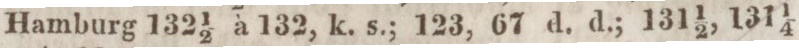
Hamburg 132 1/2 à 132, k. s.; 123, 67 d. d.; 131 1/2, 131 1/4